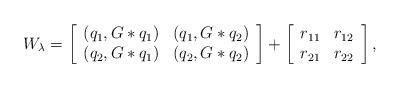
LaTeX: \begin{align*}W_\lambda=\left[\begin{array}{cc}({q}_1, G\ast{q_1}) & ({q}_1, G\ast{q_2}) \\ ({q}_2, G\ast{q_1}) & ({q}_2, G\ast{q_2})\end{array}\right] + \left[\begin{array}{cc}r_{11} & r_{12} \\ r_{21} & r_{22}\end{array}\right],\end{align*}